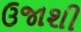
ઉજાશી